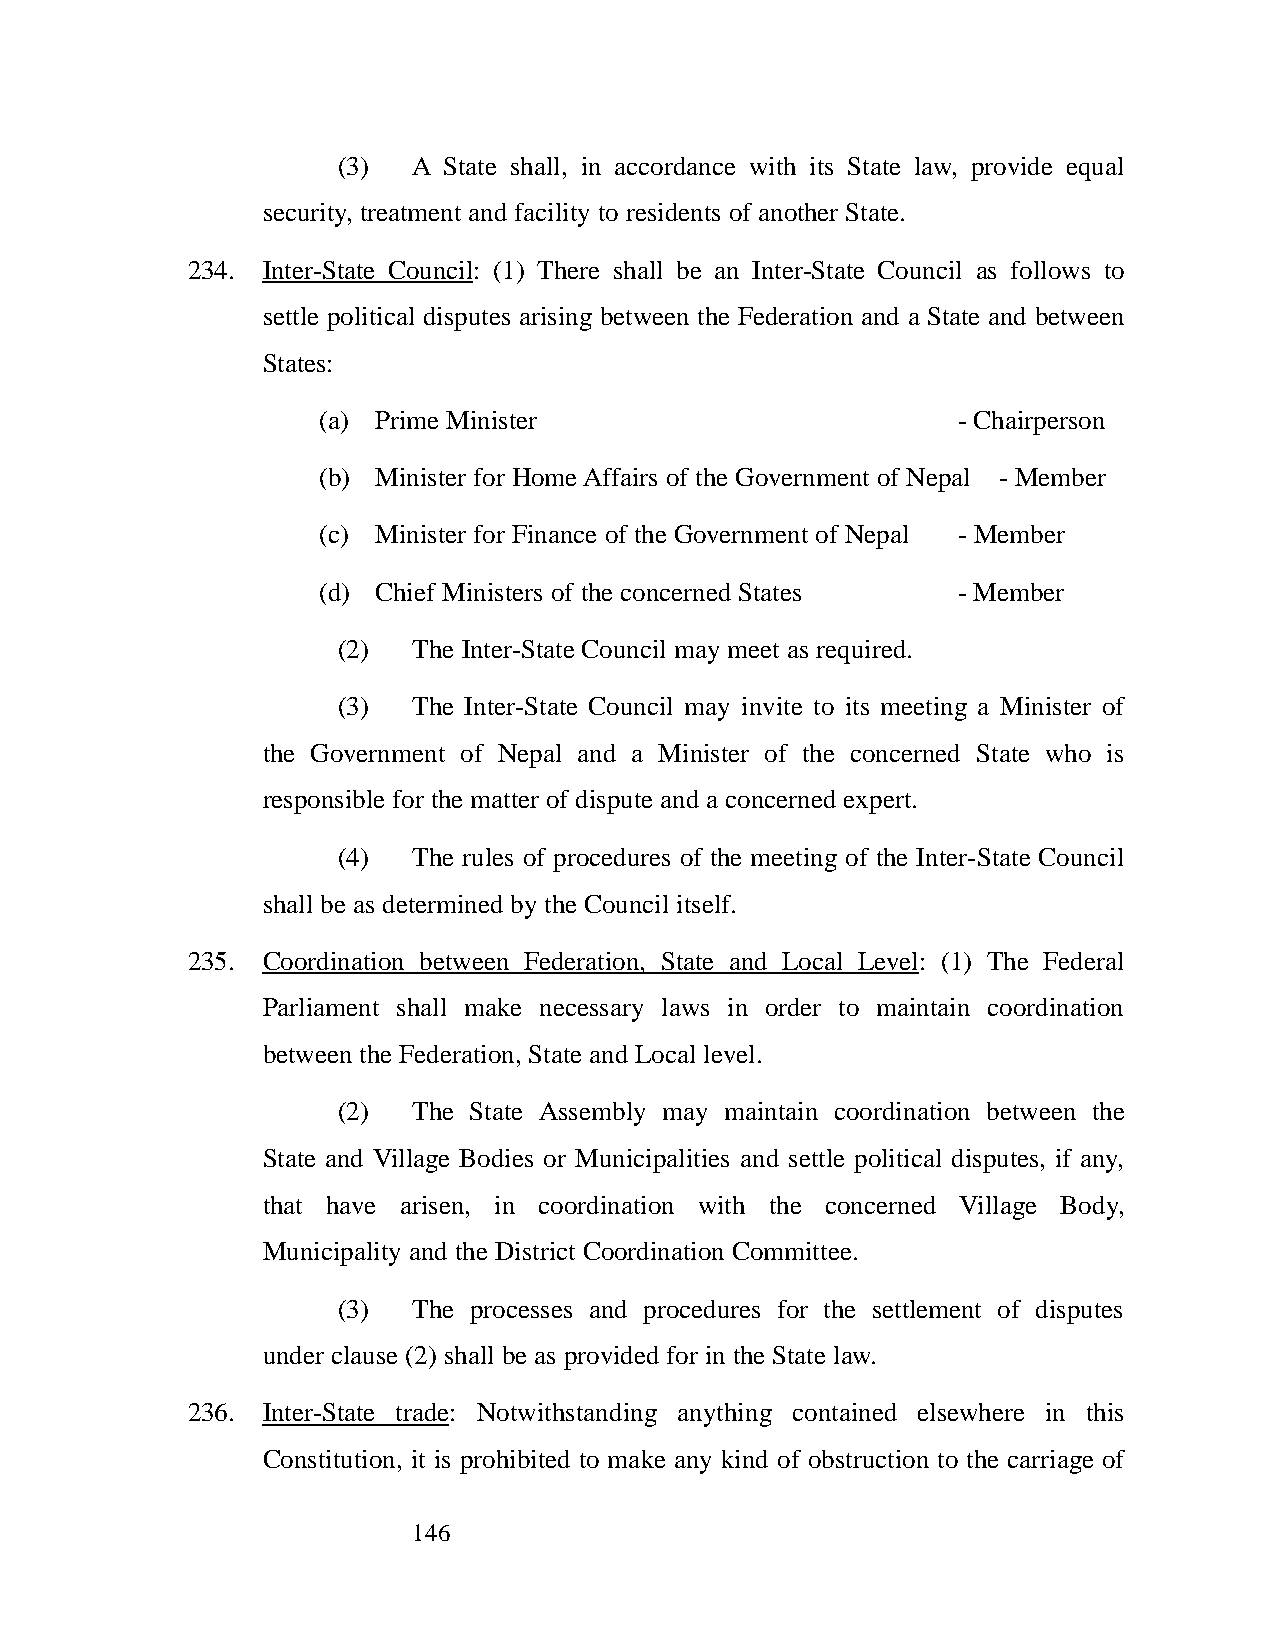
(3)  A State shall, in accordance with its State law, provide equal
 security, treatment and facility to residents of another State.
 234. Inter-State Council: (1) There shall be an Inter-State Council as follows to
 settle political disputes arising between the Federation and a State and between
 States:
 (a) Prime Minister                        - Chairperson
 (b) Minister for Home Affairs of the Government of Nepal - Member
 (c) Minister for Finance of the Government of Nepal - Member
 (d) Chief Ministers of the concerned States - Member
 (2)  The Inter-State Council may meet as required.
 (3)  The Inter-State Council may invite to its meeting a Minister of
 the Government of Nepal and a Minister of the concerned State who is
 responsible for the matter of dispute and a concerned expert.
 (4)  The rules of procedures of the meeting of the Inter-State Council
 shall be as determined by the Council itself.
 235. Coordination between Federation, State and Local Level: (1) The Federal
 Parliament shall make necessary laws in order to maintain coordination
 between the Federation, State and Local level.
 (2)  The State Assembly may maintain coordination between the
 State and Village Bodies or Municipalities and settle political disputes, if any,
 that have arisen, in coordination with the concerned Village Body,
 Municipality and the District Coordination Committee.
 (3)  The processes and procedures for the settlement of disputes
 under clause (2) shall be as provided for in the State law.
 236. Inter-State trade: Notwithstanding anything contained elsewhere in this
 Constitution, it is prohibited to make any kind of obstruction to the carriage of
 146